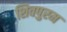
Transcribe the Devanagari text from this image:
शिवपुरम